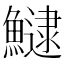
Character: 𩻸